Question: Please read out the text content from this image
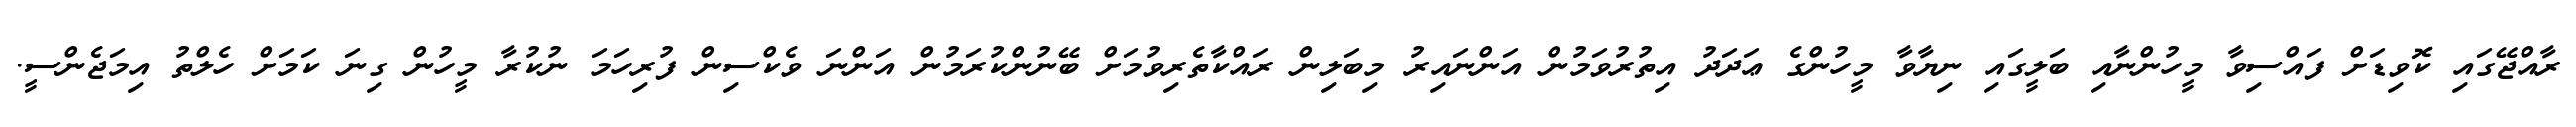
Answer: ރާއްޖޭގައި ކޮވިޑަށް ފައްސިވާ މީހުންނާއި ބަލީގައި ނިޔާވާ މީހުންގެ ޢަދަދު އިތުރުވަމުން އަންނައިރު މިބަލިން ރައްކާތެރިވުމަށް ބޭނުންކުރަމުން އަންނަ ވެކްސިން ފުރިހަމަ ނުކުރާ މީހުން ގިނަ ކަމަށް ހެލްތު އިމަޖެންސީ.